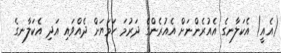
(އެއީ) އެކަލާނގެ އެއުރެންނަށް އެއުރެންގެ ދަރުމަ ހަމަޔަށް ދެއްވައި އަދި އެކަލާނގެ